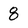
Character: 8